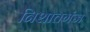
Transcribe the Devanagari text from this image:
निशातगंज